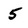
Character: 5